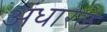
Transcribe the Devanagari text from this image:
अंधारले